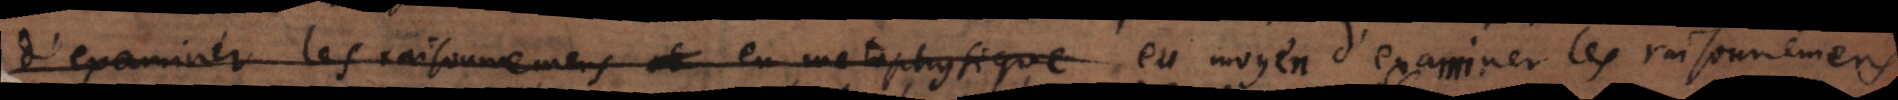
d’examiner les raisonnemens en metaphysique eu moyen d’examiner les raisonnemens